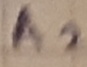
Text: A2